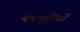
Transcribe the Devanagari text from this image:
नमभूमियों